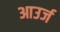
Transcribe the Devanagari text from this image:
आउर्ज